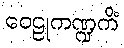
ဝေဠုကဏ္ဍကိံ